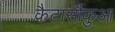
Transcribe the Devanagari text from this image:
कैटासौकुआ